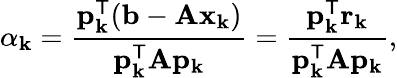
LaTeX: \alpha_{\mathbf{k}}={\frac{{\mathbf{{p}}_{\mathbf{k}}^{\mathsf{{T}}}(\mathbf{{b}}-\mathbf{{Ax}}_{\mathbf{k}})}}{{\mathbf{{p}}_{\mathbf{k}}^{\mathsf{{T}}}\mathbf{{A}}\mathbf{{p}}_{\mathbf{k}}}}}={\frac{{\mathbf{{p}}_{\mathbf{k}}^{\mathsf{{T}}}\mathbf{{r}}_{\mathbf{k}}}}{{\mathbf{{p}}_{\mathbf{k}}^{\mathsf{{T}}}\mathbf{{A}}\mathbf{{p}}_{\mathbf{k}}}}},